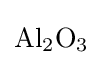
{\mathrm {Al} {\vphantom {A}}_{\smash[{t}]{2}}\mathrm {O} {\vphantom {A}}_{\smash[{t}]{3}}}